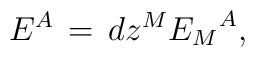
E^A \,=\,dz^M {{E_M}^A},